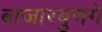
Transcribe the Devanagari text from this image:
बाजारबुणगे